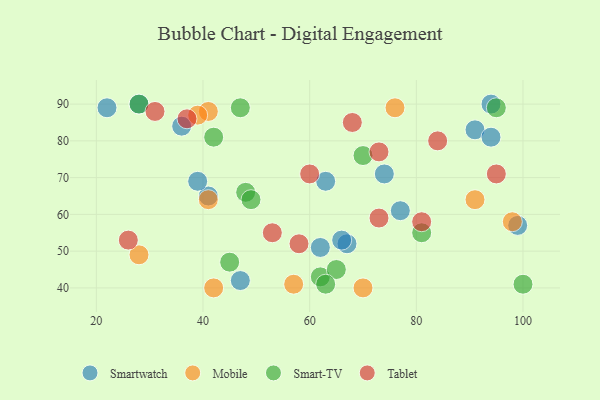
{"axis": {"x": "GDP", "y": "Life Expectancy"}, "legend": ["Mobile", "Smart-TV", "Smartwatch", "Tablet"], "data": [{"x": "41", "y": 65, "type": "Smartwatch"}, {"x": "36", "y": 84, "type": "Smartwatch"}, {"x": "67", "y": 52, "type": "Smartwatch"}, {"x": "66", "y": 53, "type": "Smartwatch"}, {"x": "74", "y": 71, "type": "Smartwatch"}, {"x": "62", "y": 51, "type": "Smartwatch"}, {"x": "91", "y": 83, "type": "Smartwatch"}, {"x": "63", "y": 69, "type": "Smartwatch"}, {"x": "99", "y": 57, "type": "Smartwatch"}, {"x": "77", "y": 61, "type": "Smartwatch"}, {"x": "47", "y": 42, "type": "Smartwatch"}, {"x": "94", "y": 81, "type": "Smartwatch"}, {"x": "28", "y": 90, "type": "Smartwatch"}, {"x": "39", "y": 69, "type": "Smartwatch"}, {"x": "94", "y": 90, "type": "Smartwatch"}, {"x": "22", "y": 89, "type": "Smartwatch"}, {"x": "76", "y": 89, "type": "Mobile"}, {"x": "42", "y": 40, "type": "Mobile"}, {"x": "41", "y": 64, "type": "Mobile"}, {"x": "91", "y": 64, "type": "Mobile"}, {"x": "98", "y": 58, "type": "Mobile"}, {"x": "57", "y": 41, "type": "Mobile"}, {"x": "70", "y": 40, "type": "Mobile"}, {"x": "28", "y": 49, "type": "Mobile"}, {"x": "41", "y": 88, "type": "Mobile"}, {"x": "39", "y": 87, "type": "Mobile"}, {"x": "42", "y": 81, "type": "Smart-TV"}, {"x": "100", "y": 41, "type": "Smart-TV"}, {"x": "95", "y": 89, "type": "Smart-TV"}, {"x": "48", "y": 66, "type": "Smart-TV"}, {"x": "70", "y": 76, "type": "Smart-TV"}, {"x": "49", "y": 64, "type": "Smart-TV"}, {"x": "28", "y": 90, "type": "Smart-TV"}, {"x": "62", "y": 43, "type": "Smart-TV"}, {"x": "45", "y": 47, "type": "Smart-TV"}, {"x": "65", "y": 45, "type": "Smart-TV"}, {"x": "81", "y": 55, "type": "Smart-TV"}, {"x": "47", "y": 89, "type": "Smart-TV"}, {"x": "63", "y": 41, "type": "Smart-TV"}, {"x": "84", "y": 80, "type": "Tablet"}, {"x": "73", "y": 77, "type": "Tablet"}, {"x": "68", "y": 85, "type": "Tablet"}, {"x": "53", "y": 55, "type": "Tablet"}, {"x": "58", "y": 52, "type": "Tablet"}, {"x": "37", "y": 86, "type": "Tablet"}, {"x": "73", "y": 59, "type": "Tablet"}, {"x": "26", "y": 53, "type": "Tablet"}, {"x": "60", "y": 71, "type": "Tablet"}, {"x": "31", "y": 88, "type": "Tablet"}, {"x": "81", "y": 58, "type": "Tablet"}, {"x": "95", "y": 71, "type": "Tablet"}]}